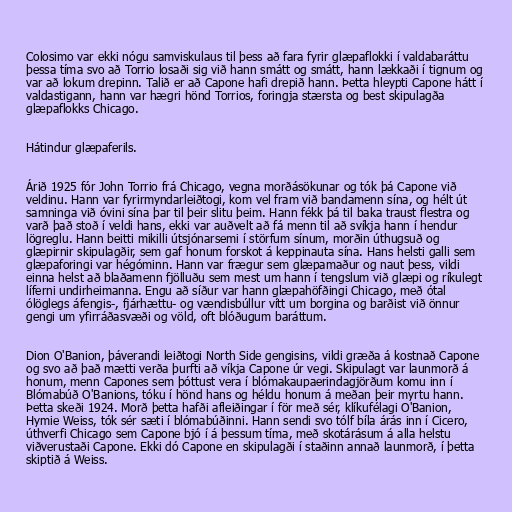
Colosimo var ekki nógu samviskulaus til þess að fara fyrir glæpaflokki í valdabaráttu
þessa tíma svo að Torrio losaði sig við hann smátt og smátt, hann lækkaði í tignum og
var að lokum drepinn. Talið er að Capone hafi drepið hann. Þetta hleypti Capone hátt í
valdastigann, hann var hægri hönd Torrios, foringja stærsta og best skipulagða
glæpaflokks Chicago.

Hátindur glæpaferils.

Árið 1925 fór John Torrio frá Chicago, vegna morðásökunar og tók þá Capone við
veldinu. Hann var fyrirmyndarleiðtogi, kom vel fram við bandamenn sína, og hélt út
samninga við óvini sína þar til þeir slitu þeim. Hann fékk þá til baka traust flestra og
varð það stoð í veldi hans, ekki var auðvelt að fá menn til að svíkja hann í hendur
lögreglu. Hann beitti mikilli útsjónarsemi í störfum sínum, morðin úthugsuð og
glæpirnir skipulagðir, sem gaf honum forskot á keppinauta sína. Hans helsti galli sem
glæpaforingi var hégóminn. Hann var frægur sem glæpamaður og naut þess, vildi
einna helst að blaðamenn fjölluðu sem mest um hann í tengslum við glæpi og ríkulegt
líferni undirheimanna. Engu að síður var hann glæpahöfðingi Chicago, með ótal
ólöglegs áfengis-, fjárhættu- og vændisbúllur vítt um borgina og barðist við önnur
gengi um yfirráðasvæði og völd, oft blóðugum baráttum.

Dion O'Banion, þáverandi leiðtogi North Side gengisins, vildi græða á kostnað Capone
og svo að það mætti verða þurfti að víkja Capone úr vegi. Skipulagt var launmorð á
honum, menn Capones sem þóttust vera í blómakaupaerindagjörðum komu inn í
Blómabúð O'Banions, tóku í hönd hans og héldu honum á meðan þeir myrtu hann.
Þetta skeði 1924. Morð þetta hafði afleiðingar í för með sér, klíkufélagi O'Banion,
Hymie Weiss, tók sér sæti í blómabúðinni. Hann sendi svo tólf bíla árás inn í Cicero,
úthverfi Chicago sem Capone bjó í á þessum tíma, með skotárásum á alla helstu
viðverustaði Capone. Ekki dó Capone en skipulagði í staðinn annað launmorð, í þetta
skiptið á Weiss.